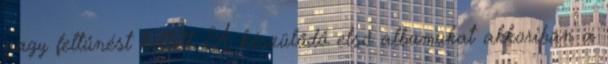
nagy feltűnést keltett. A készülődő első albumukat akkoriban a